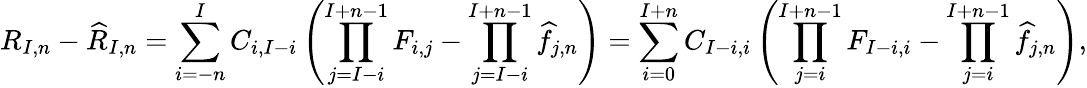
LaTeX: R_{I,n}-\widehat{R}_{I,n}=\sum_{i=-n}^{I}C_{i,I-i}\left(\prod_{j=I-i}^{I+n-1}F_{i,j}-\prod_{j=I-i}^{I+n-1}\widehat{f}_{j,n}\right)=\sum_{i=0}^{I+n}C_{I-i,i}\left(\prod_{j=i}^{I+n-1}F_{I-i,i}-\prod_{j=i}^{I+n-1}\widehat{f}_{j,n}\right),